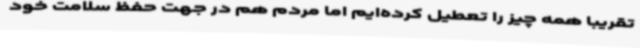
تقریبا همه چیز را تعطیل کرده‌ایم اما مردم هم در جهت حفظ سلامت خود